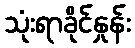
သုံးရာခိုင်နှုန်း